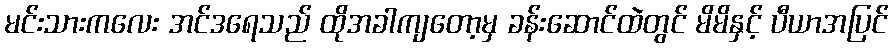
မင်းသားကလေး အင်ဒရေသည် ထိုအခါကျတော့မှ ခန်းဆောင်ထဲတွင် မိမိနှင့် ပီယာအပြင်